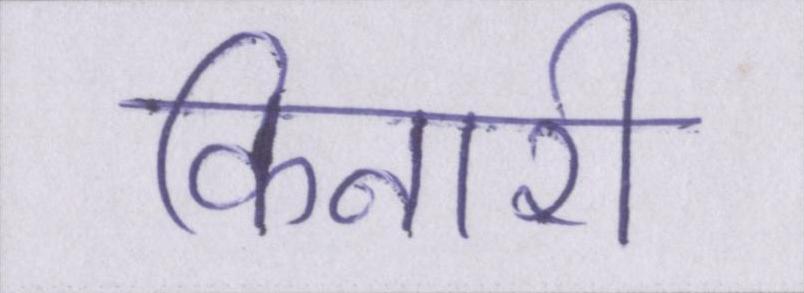
किनारी